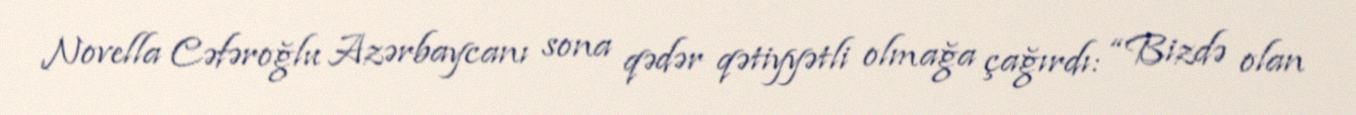
Novella Cəfəroğlu Azərbaycanı sona qədər qətiyyətli olmağa çağırdı: “Bizdə olan